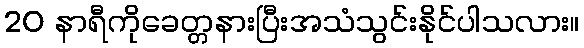
20 နာရီကိုခေတ္တနားပြီးအသံသွင်းနိုင်ပါသလား။